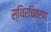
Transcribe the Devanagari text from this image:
स्थिरचित्रण